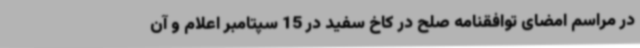
در مراسم امضای توافقنامه صلح در کاخ سفید در 15 سپتامبر اعلام و آن